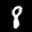
Label: 8